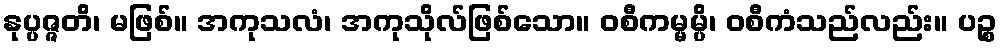
နုပ္ပဇ္ဇတိ၊ မဖြစ်။ အကုသလံ၊ အကုသိုလ်ဖြစ်သော။ ဝစီကမ္မမ္ပိ၊ ဝစီကံသည်လည်း။ ပဉ္စ